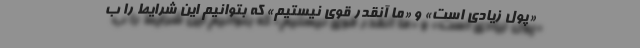
«پول زیادی است» و «ما آنقدر قوی نیستیم» که بتوانیم این شرایط را ب